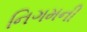
નિગમની